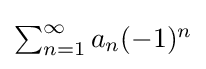
{\textstyle \sum _{n=1}^{\infty }a_{n}(-1)^{n}}